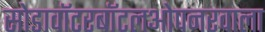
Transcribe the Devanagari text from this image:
सोडावॉटरबॉटलओपनरवाला